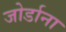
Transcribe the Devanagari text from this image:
जोर्डाना